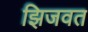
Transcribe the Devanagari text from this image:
झिजवत